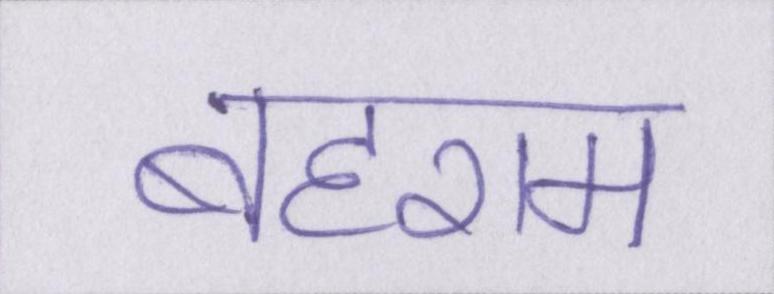
बहराम